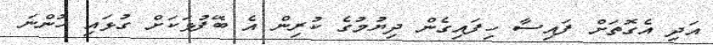
އަދި އެގޮތަށް ފައިސާ ހިފައިގެން ދިޔުމުގެ ކުރިން އެ ބޭފުޅަކަށް ގުޅައި ހުންނަ